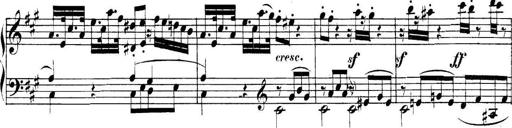
Title: Collected Piano Sonatas
Composer: Muzio Clementi